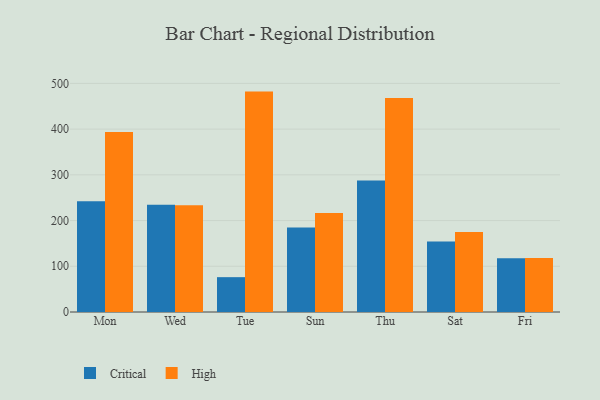
{"axis": {"x": "Day", "y": "Latency (ms)"}, "legend": ["Critical", "High"], "data": [{"x": "Mon", "y": 242.4, "type": "Critical"}, {"x": "Mon", "y": 393.9, "type": "High"}, {"x": "Wed", "y": 234.8, "type": "Critical"}, {"x": "Wed", "y": 233.6, "type": "High"}, {"x": "Tue", "y": 76.2, "type": "Critical"}, {"x": "Tue", "y": 482.1, "type": "High"}, {"x": "Sun", "y": 185.1, "type": "Critical"}, {"x": "Sun", "y": 216.6, "type": "High"}, {"x": "Thu", "y": 287.8, "type": "Critical"}, {"x": "Thu", "y": 468.1, "type": "High"}, {"x": "Sat", "y": 154.2, "type": "Critical"}, {"x": "Sat", "y": 174.9, "type": "High"}, {"x": "Fri", "y": 117.4, "type": "Critical"}, {"x": "Fri", "y": 118.1, "type": "High"}]}